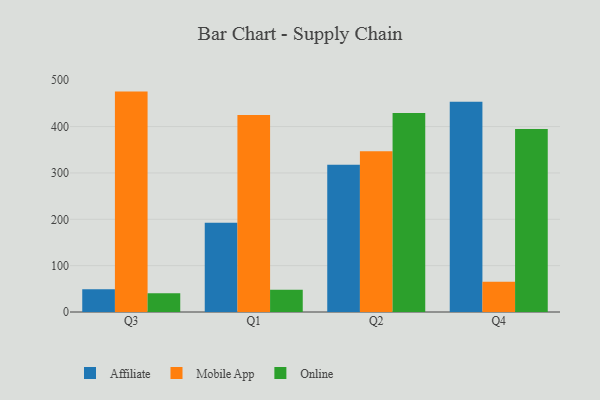
{"axis": {"x": "Quarter", "y": "Bounce Rate (%)"}, "legend": ["Affiliate", "Mobile App", "Online"], "data": [{"x": "Q3", "y": 49.3, "type": "Affiliate"}, {"x": "Q3", "y": 475.5, "type": "Mobile App"}, {"x": "Q3", "y": 40.5, "type": "Online"}, {"x": "Q1", "y": 192.8, "type": "Affiliate"}, {"x": "Q1", "y": 424.9, "type": "Mobile App"}, {"x": "Q1", "y": 47.9, "type": "Online"}, {"x": "Q2", "y": 317.6, "type": "Affiliate"}, {"x": "Q2", "y": 346.9, "type": "Mobile App"}, {"x": "Q2", "y": 429.5, "type": "Online"}, {"x": "Q4", "y": 453.8, "type": "Affiliate"}, {"x": "Q4", "y": 65.4, "type": "Mobile App"}, {"x": "Q4", "y": 395.0, "type": "Online"}]}